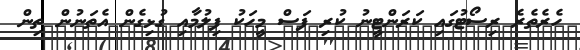
ހެރެތެރެ ރިސޯޓުގައި ކަރަންޓީނު ކުރި ފަސް މީހަކު ފިލުމާއި ގުޅިގެން އެތަނުން ތިން